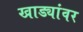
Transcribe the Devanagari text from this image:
खाड्यांवर